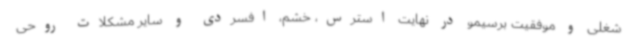
شغلی و موفقیت برسیمو در نهایت استرس، خشم، افسردی و سایر مشکلات روحی